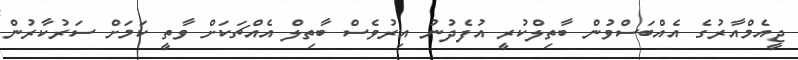
ޖީއެމްއާރުގެ އެއްބަސްވުން ބާތިލްކުރީ އުފެދުނު އިރުވެސް ބާތިލް އެއްޗަކަށް ވާތީ ކަމަށް ސަރުކާރުން